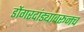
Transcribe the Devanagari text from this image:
डोंगरदांड्यावरूनच